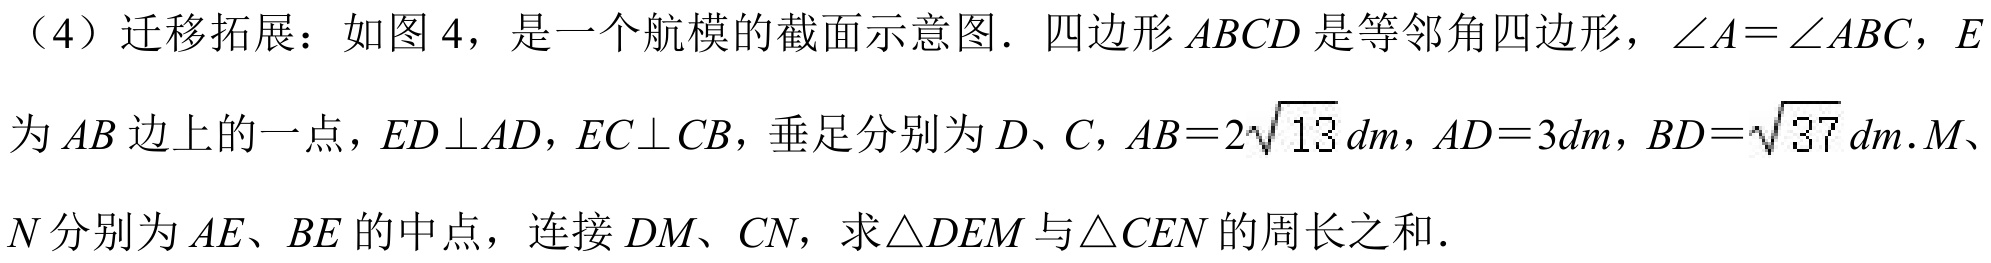
（4）迁移拓展：如图 4，是一个航模的截面示意图．四边形 \(ABCD\) 是等邻角四边形，\(\angle A = \angle ABC\)，\(E\)为 \(AB\) 边上的一点，\(ED\perp AD\)，\(EC\perp CB\)，垂足分别为 \(D\)、\(C\)，\(AB = 2\sqrt{13}\,dm\)，\(AD = 3\,dm\)，\(BD=\sqrt{37}\,dm\). \(M\)、\(N\) 分别为 \(AE\)、\(BE\) 的中点，连接 \(DM\)、\(CN\)，求\(\triangle DEM\)与\(\triangle CEN\)的周长之和．